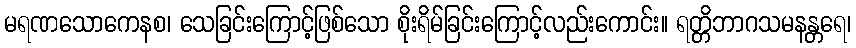
မရဏသောကေနစ၊ သေခြင်းကြောင့်ဖြစ်သော စိုးရိမ်ခြင်းကြောင့်လည်းကောင်း။ ရတ္တိဘာဂသမနန္တရေ၊